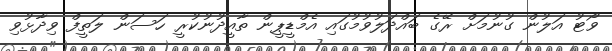
ވޯޓު އަލުން ގުނުމަށް ރޭގެ ބައްދަލުވުމުގައި އެމްޑީޕީން ތާއީދުނުކުރީ ހަސަން ލަތީފް ވިދާޅުވި